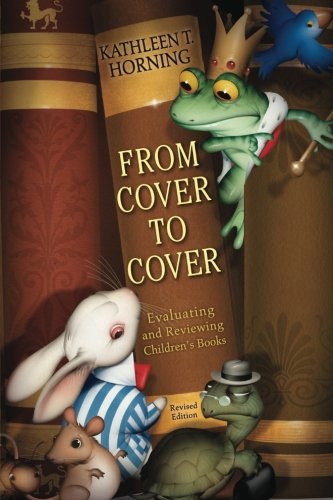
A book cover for From Cover to Cover (revised edition): Evaluating and Reviewing Children's Books; Kathleen T. Horning; Teen & Young Adult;